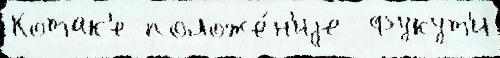
Котак'е положе́н'иjе  Фукут'и